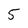
Character: 5